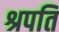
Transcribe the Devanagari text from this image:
श्रपति